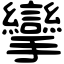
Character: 攣